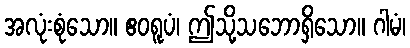
အလုံးစုံသော။ ဧဝရူပံ၊ ဤသို့သဘောရှိသော။ ဂါမံ၊